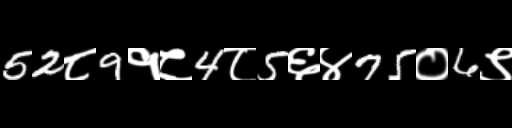
Text: 52८9१८4८5६४75०6९